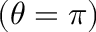
( \theta = \pi )